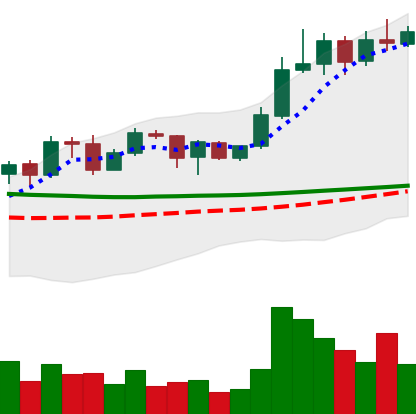
Ticker: ADA-USD
Chart end date: 2020-02-03
Forward return: 5.204%
Label: up_5_7